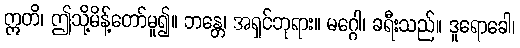
ဣတိ၊ ဤသို့မိန့်တော်မူ၍။ ဘန္တေ၊ အရှင်ဘုရား။ မဂ္ဂေါ၊ ခရီးသည်။ ဒူရောခေါ၊